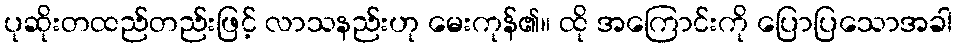
ပုဆိုးတထည်တည်းဖြင့် လာသနည်းဟု မေးကုန်၏။ ထို အကြောင်းကို ပြောပြသောအခါ